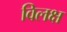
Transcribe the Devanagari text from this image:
विलक्ष